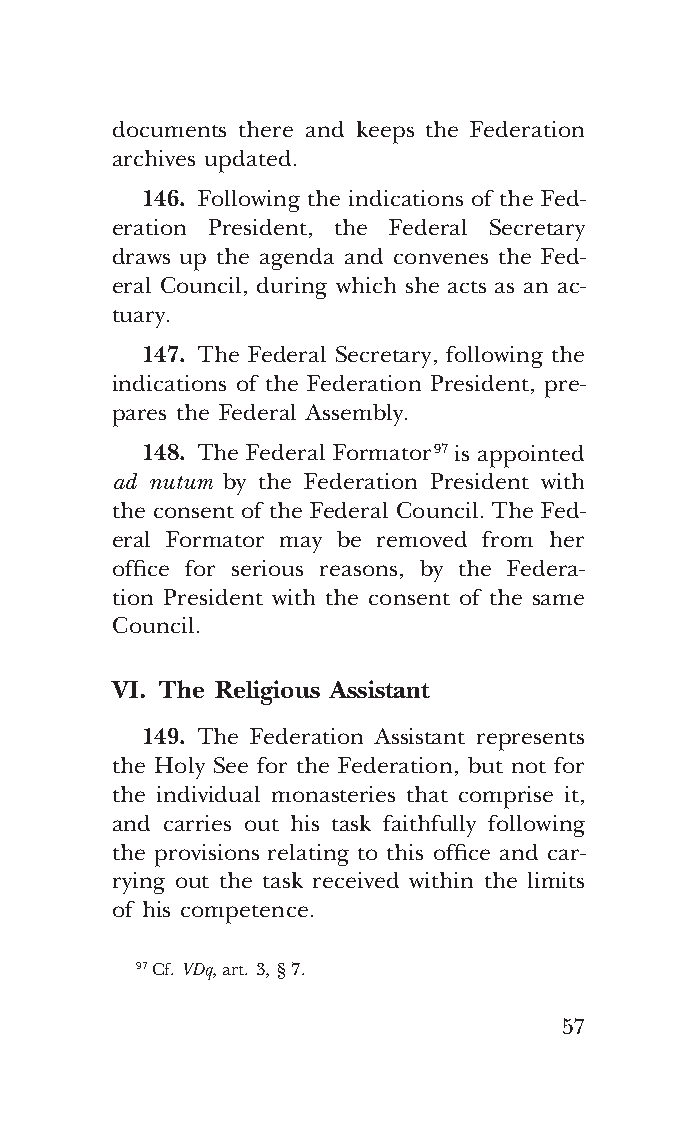
COR ORANS – NUOVO FORMATO – INGLESE 2ª BOZZA – 24 maggio 2018 – 11:12
 documents there and keeps the Federation
 archives updated.
 146. Following the indications of the Fed-
 eration President, the Federal Secretary
 draws up the agenda and convenes the Fed-
 eral Council, during which she acts as an ac-
 tuary.
 147. The Federal Secretary, following the
 indications of the Federation President, pre-
 pares the Federal Assembly.
 148. The Federal Formator 97 is appointed
 ad nutum by the Federation President with
 the consent of the Federal Council. The Fed-
 eral Formator may be removed from her
 office for serious reasons, by the Federa-
 tion President with the consent of the same
 Council.
 VI. The Religious Assistant
 149. The Federation Assistant represents
 the Holy See for the Federation, but not for
 the individual monasteries that comprise it,
 and carries out his task faithfully following
 the provisions relating to this office and car-
 rying out the task received within the limits
 of his competence.
 97 Cf. VDq, art. 3, § 7.
 57